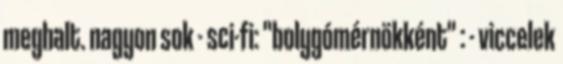
meghalt. nagyon sok - sci-fi: "bolygómérnökként" : - viccelek